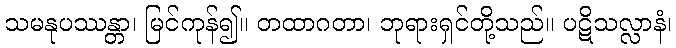
သမနုပဿန္တာ၊ မြင်ကုန်၍။ တထာဂတာ၊ ဘုရားရှင်တို့သည်။ ပဋိသလ္လာနံ၊